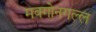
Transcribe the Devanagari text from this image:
मक्गोनगल्ल